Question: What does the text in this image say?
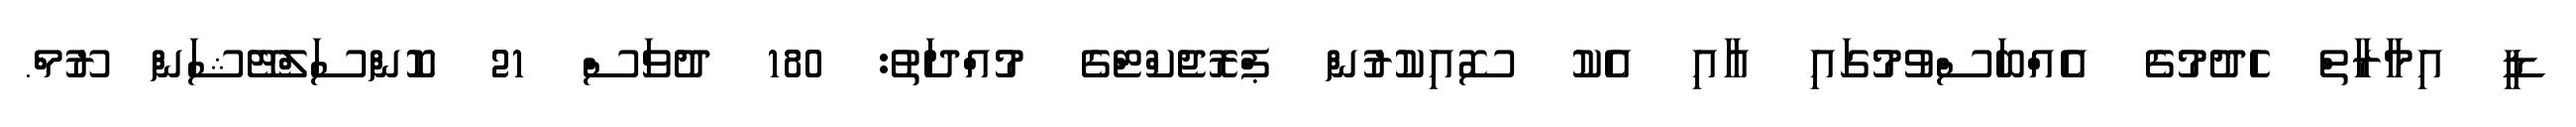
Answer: ޑީ އިމާރާތް ހެދުމުގެ އެއްބަސްވުމުގައި އާއި އެކު ސޮއިކުރުން ޕްރޮޖެކްޓްގެ މުއްދަތު: 180 ދުވަސް 21 ކޮންސަލްޓޭޝަން ރޫމް.